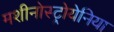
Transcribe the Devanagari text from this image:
मशीनोस्ट्रोयेनिया